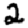
Digit: 2